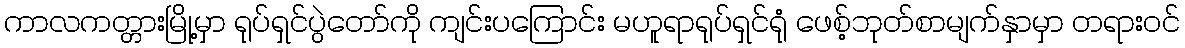
ကာလကတ္တားမြို့မှာ ရုပ်ရှင်ပွဲတော်ကို ကျင်းပကြောင်း မဟူရာရုပ်ရှင်ရုံ ဖေစ့်ဘုတ်စာမျက်နှာမှာ တရားဝင်